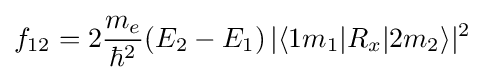
f_{12}=2{\frac {m_{e}}{\hbar ^{2}}}(E_{2}-E_{1})\,|\langle 1m_{1}|R_{x}|2m_{2}\rangle |^{2}